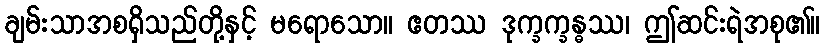
ချမ်းသာအစရှိသည်တို့နှင့် မရောသော။ ဧတဿ ဒုက္ခက္ခန္ဓဿ၊ ဤဆင်းရဲအစု၏။